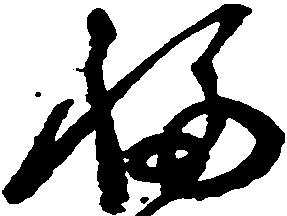
福